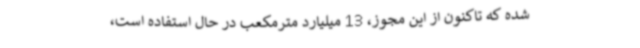
شده که تاکنون از این مجوز، 13 میلیارد مترمکعب در حال استفاده است،